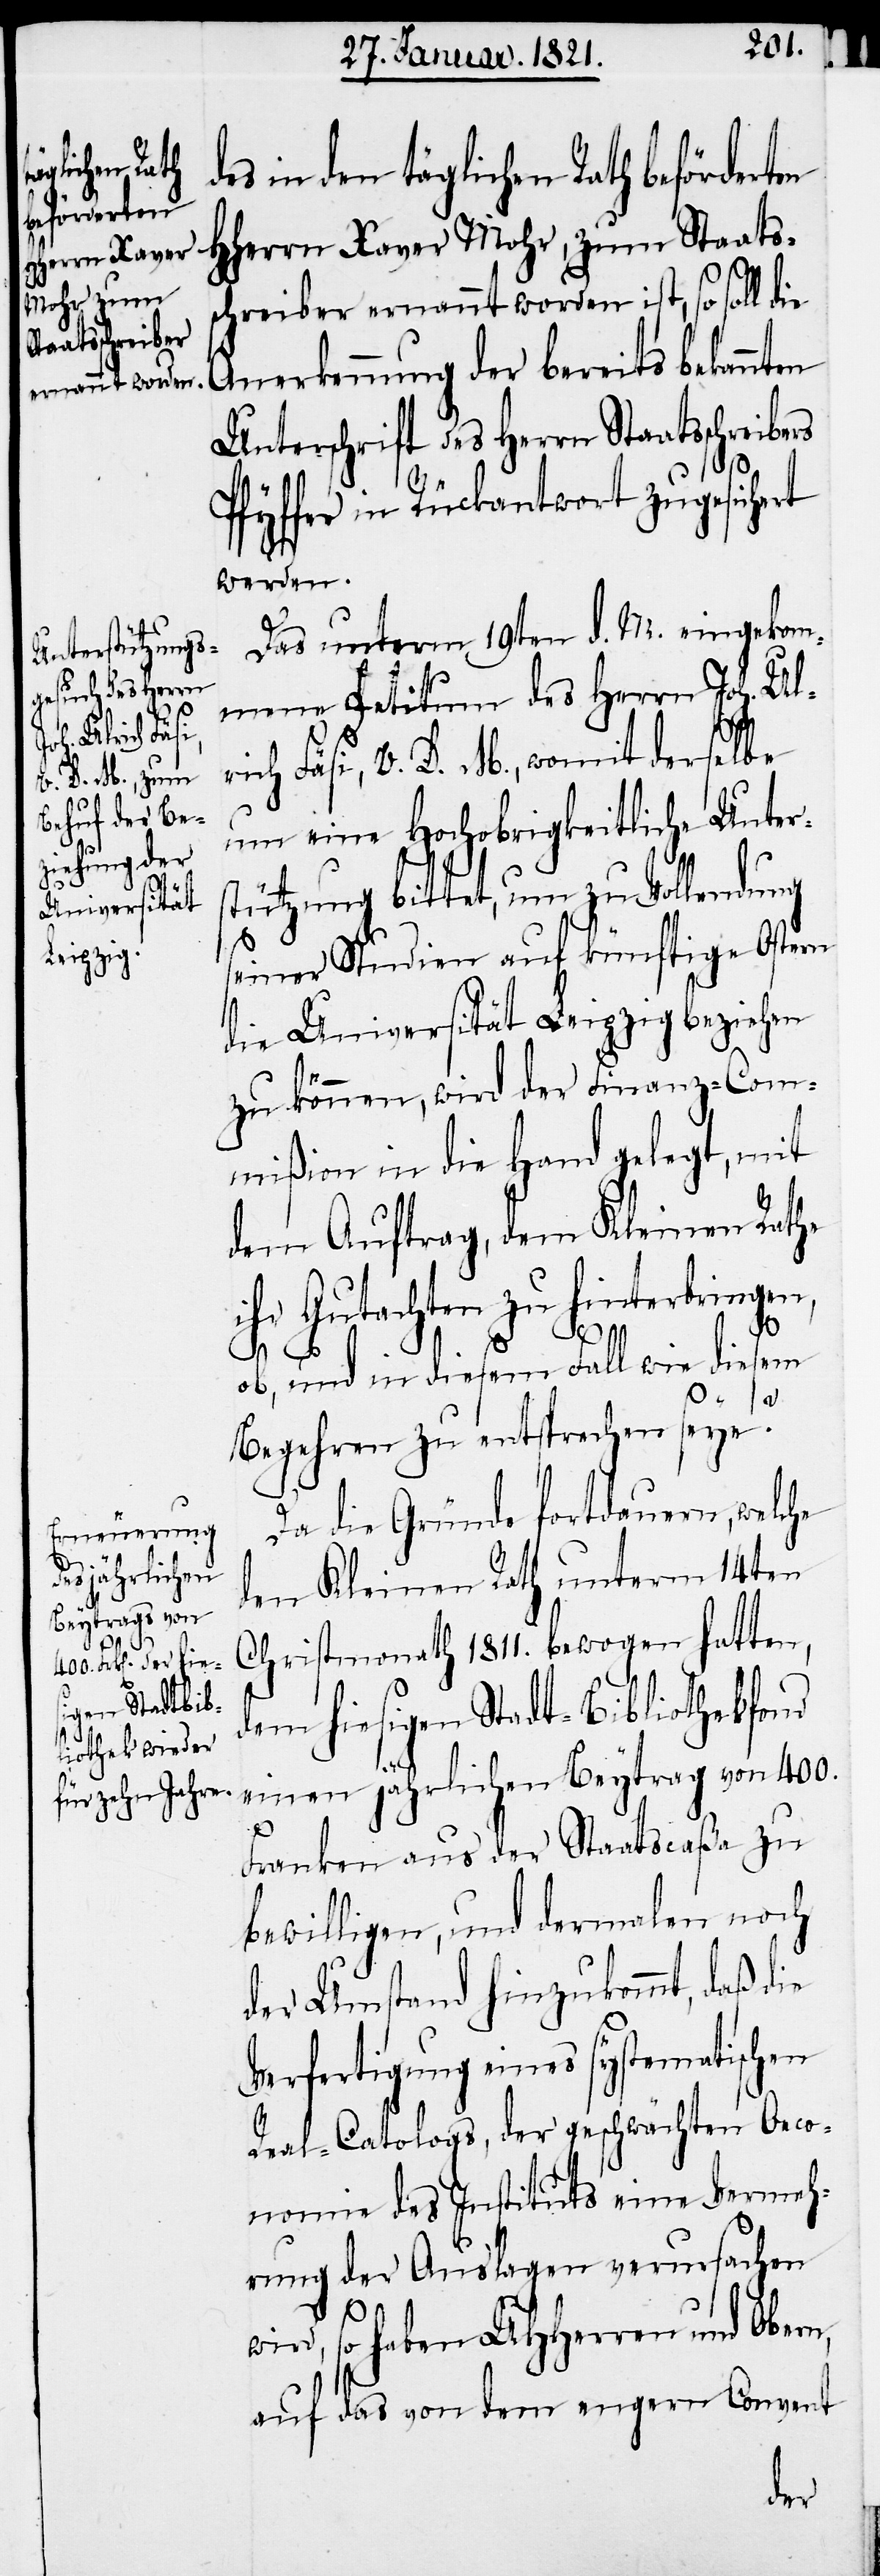
atsschreibers
d¬

es in den täglichen Rath beförderten
HHerrn Xaver Mohr, zum Staats¬
schreiber ernannt worden ist, so soll die
Anerkennung der bereits bekannten
Unterschrift des Herrn Sta¬
Pfyffer in Rückantwort zugesichert
werden.
Das unterm 19ten d. M. eingekom¬
mene Petitum des Herrn Joh. Ulr¬
ich Fäsi, V. D. M., womit derselbe
um eine Hochobrigkeitliche Unter¬
stützung bittet, um zu Vollendung
seiner Studien auf künftige Ostern
die Universität Leipzig beziehen
zu können, wird der Finanz-Com¬
mißion in die Hand gelegt, mit
dem Auftrag, dem Kleinen Rathe
ihr Gutachten zu hinterbringen,
ob, und in diesem Fall wie diesem
Begehren zu entsprechen seye?
Da die Gründe fortdauern, welche
den Kleinen Rath unterm 14ten
Christmonath 1811. bewogen hatten,
dem hiesigen Stadt-Bibliothekfond
einen jährlichen Beytrag von 400.
Franken aus der Staatscaßa zu
bewilligen, und dermalen noch
der Umstand hinzukommt, daß die
Verfertigung eines systematischen
Real-Catalogs, der geschwächten Oeco¬
nomie des Instituts eine Vermeh¬
rung der Auslagen verursachen
wird, so haben UHHerren und Obern,
auf das von dem engern Convent